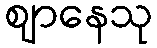
ဈာနေသု